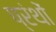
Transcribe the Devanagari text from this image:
प्रंथों